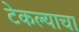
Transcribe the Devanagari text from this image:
टेकल्याचा